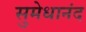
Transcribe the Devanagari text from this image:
सुमेधानंद